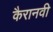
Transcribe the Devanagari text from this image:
कैरानवी